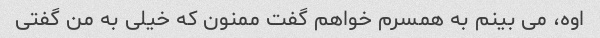
اوه، می بینم به همسرم خواهم گفت ممنون که خیلی به من گفتی